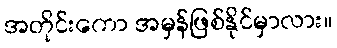
အတိုင်းကော အမှန်ဖြစ်နိုင်မှာလား။